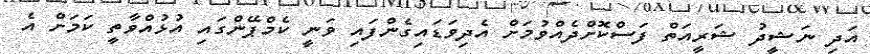
އަދި ނަޝީދު ޝަރީއަތް ފަސްކޮށްދެއްވުމަށް އެދިވަޑައިގެންފައި ވަނީ ކެމްޕޭންގައި އުޅުއްވާތީ ކަމަށް އެ